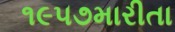
૧૯૫૭મારીતા